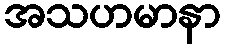
အသဟမာနာ